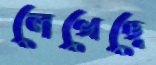
লেখেছে